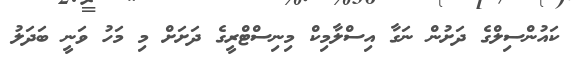
ކައުންސިލްގެ ދަށުން ނަގާ އިސްލާމިކް މިނިސްޓްރީގެ ދަށަށް މި މަހު ވަނީ ބަދަލު